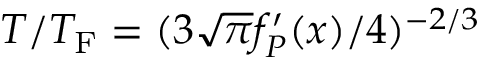
T / T _ { \mathrm { F } } = ( 3 \sqrt { \pi } f _ { P } ^ { \prime } ( x ) / 4 ) ^ { - 2 / 3 }